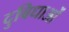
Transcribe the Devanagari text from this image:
दुबिधाओं